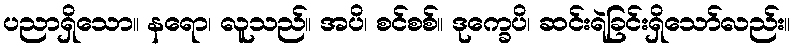
ပညာရှိသော။ နရော၊ လူသည်။ အပိ၊ စင်စစ်။ ဒုက္ခေပိ၊ ဆင်းရဲခြင်းရှိသော်လည်း။